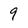
Character: 9